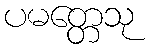
ပမတ္တေသု